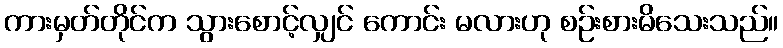
ကားမှတ်တိုင်က သွားစောင့်လျှင် ကောင်း မလားဟု စဉ်းစားမိသေးသည်။